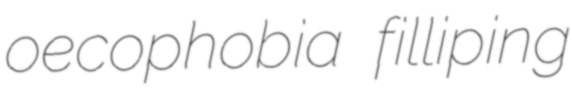
oecophobia filliping